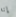
إنه